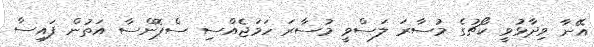
އޭނާ ވިދާޅުވީ ކޯޗުގެ މުސާރަ ލަސްވީ މުސާރަ ހަމަޖެއްސި ސްޕޮންސާ އަތުން ފައިސާ